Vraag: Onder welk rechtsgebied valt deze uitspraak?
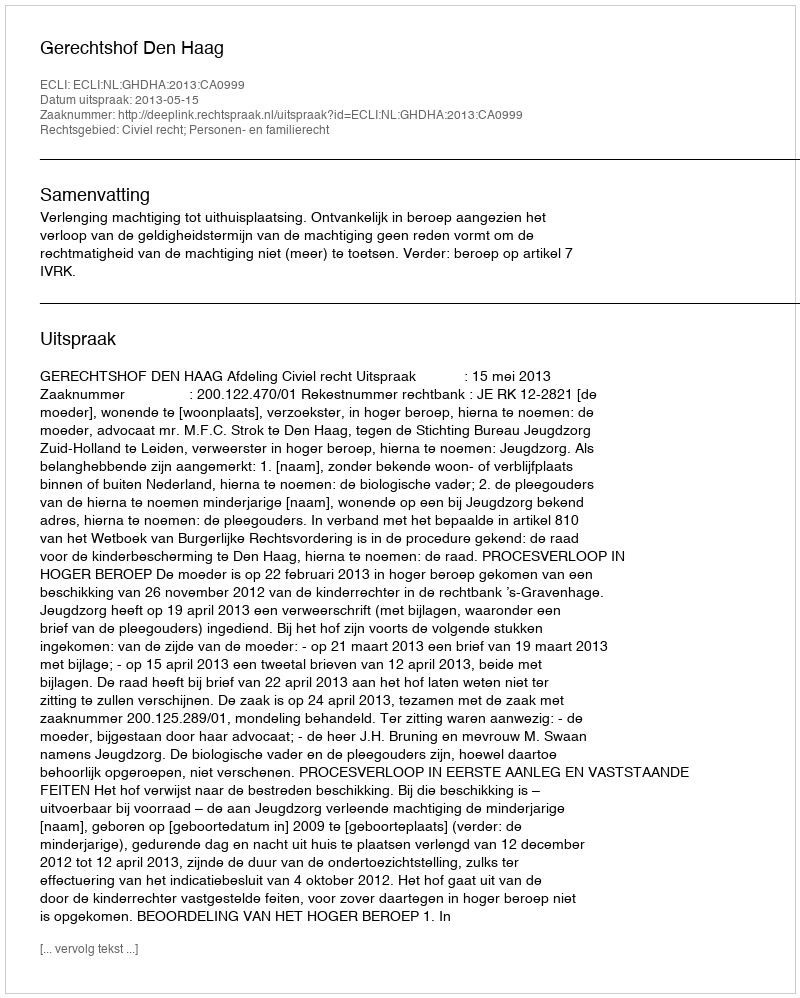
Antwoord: Civiel recht; Personen- en familierecht